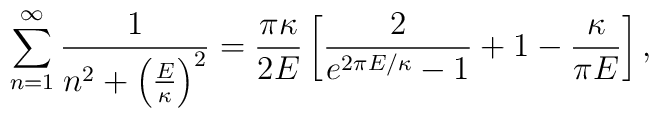
\sum_{n=1}^{\infty}{1\over n^2 + \left({E\over \kappa}\right)^2} ={\pi\kappa \over 2 E} \left[ {2 \over e^{2 \pi E /\kappa} -1}+ 1 - {\kappa \over \pi E} \right],